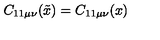
C _ { 1 1 \mu \nu } ( \tilde { x } ) = C _ { 1 1 \mu \nu } ( x )